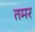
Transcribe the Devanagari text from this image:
तमर